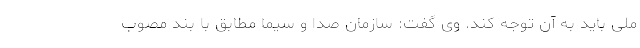
ملی باید به آن توجه کند. وی گفت: سازمان صدا و سیما مطابق با بند مصوب